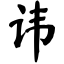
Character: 讳